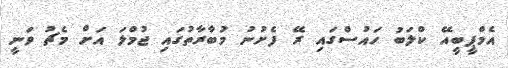
އެމްޕީބީއޭ ކްލަބު ހައުސްގައި ރޭ ފެށުނު މުބާރާތުގައި ޖުމްލަ އަށް މެޗު ވަނީ